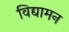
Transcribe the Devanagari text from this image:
विद्यामन